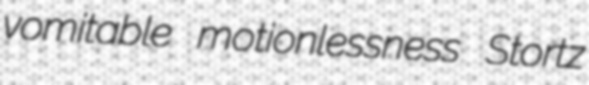
vomitable motionlessness Stortz